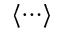
\langle \cdots \rangle